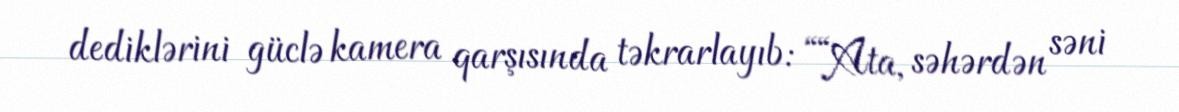
dediklərini güclə kamera qarşısında təkrarlayıb: ““Ata, səhərdən səni